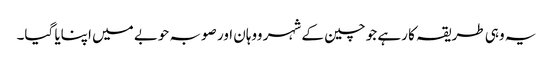
یہ وہی طریقہ کا رہے جو چین کے شہر ووہان اور صوبہ حوبے میں اپنایا گیا۔